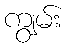
ကျွမ်း